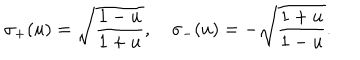
LaTeX: \sigma _ { + } ( u ) = \sqrt { { \frac { 1 - u } { 1 + u } } } , \quad \sigma _ { - } ( u ) = - \sqrt { { \frac { 1 + u } { 1 - u } } } .